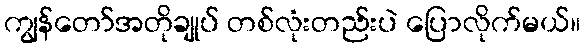
ကျွန်တော်အတိုချုပ် တစ်လုံးတည်းပဲ ပြောလိုက်မယ်။